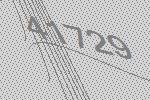
41729